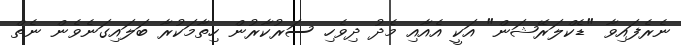
ނެރެފައިވާ "ޑެކްލަރޭޝަން" އަކީ އެއާއި މެދު ދިވެހި ސަރުކާރުން ހިތާމަކުރާ ބަލައިގަނެވެން ނެތް